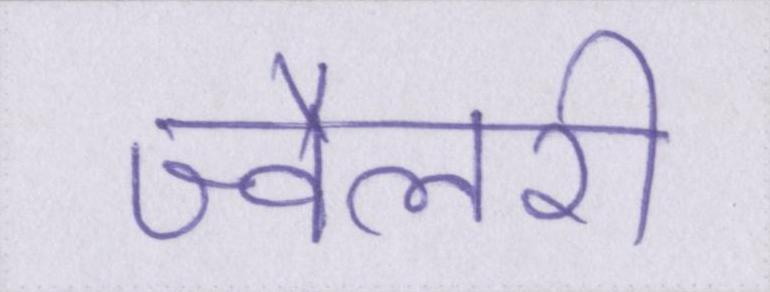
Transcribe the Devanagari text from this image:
ज्वैलरी